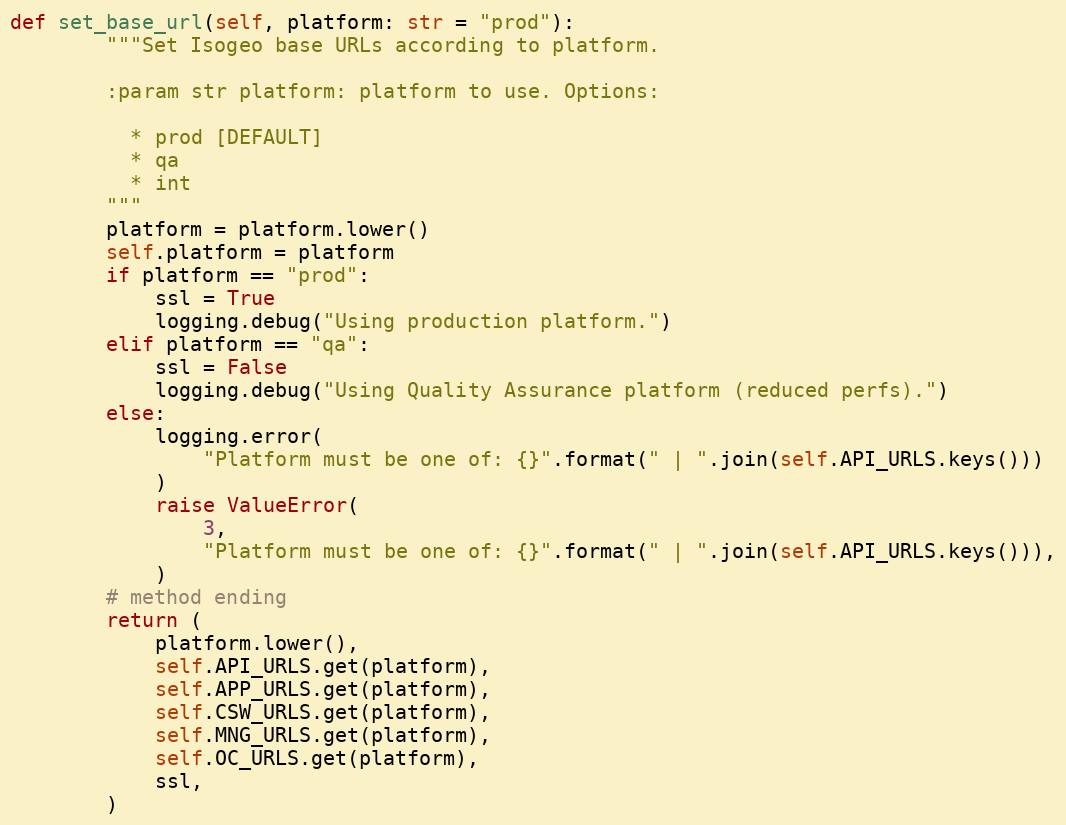
Language: Python
def set_base_url(self, platform: str = "prod"):
        """Set Isogeo base URLs according to platform.

        :param str platform: platform to use. Options:

          * prod [DEFAULT]
          * qa
          * int
        """
        platform = platform.lower()
        self.platform = platform
        if platform == "prod":
            ssl = True
            logging.debug("Using production platform.")
        elif platform == "qa":
            ssl = False
            logging.debug("Using Quality Assurance platform (reduced perfs).")
        else:
            logging.error(
                "Platform must be one of: {}".format(" | ".join(self.API_URLS.keys()))
            )
            raise ValueError(
                3,
                "Platform must be one of: {}".format(" | ".join(self.API_URLS.keys())),
            )
        # method ending
        return (
            platform.lower(),
            self.API_URLS.get(platform),
            self.APP_URLS.get(platform),
            self.CSW_URLS.get(platform),
            self.MNG_URLS.get(platform),
            self.OC_URLS.get(platform),
            ssl,
        )